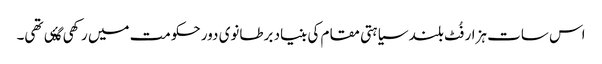
اس سات ہزار فُٹ بلند سیاہتی مقام کی بنیاد برطانوی دور حکومت میں رکھی گۂی تھی۔